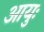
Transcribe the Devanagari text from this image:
आयुः